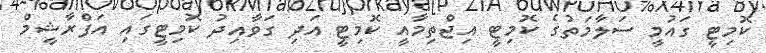
ކޮމިޓީ ގައުމީ ސަލާމަތުގެ ކޮމިޓީ އިޖްތިމާއީ ކޮމިޓީ އަދި ގަވާއިދު ކޮމިޓީގައި އަފްރާޝީމް